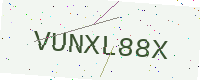
Text: VUNXL88X